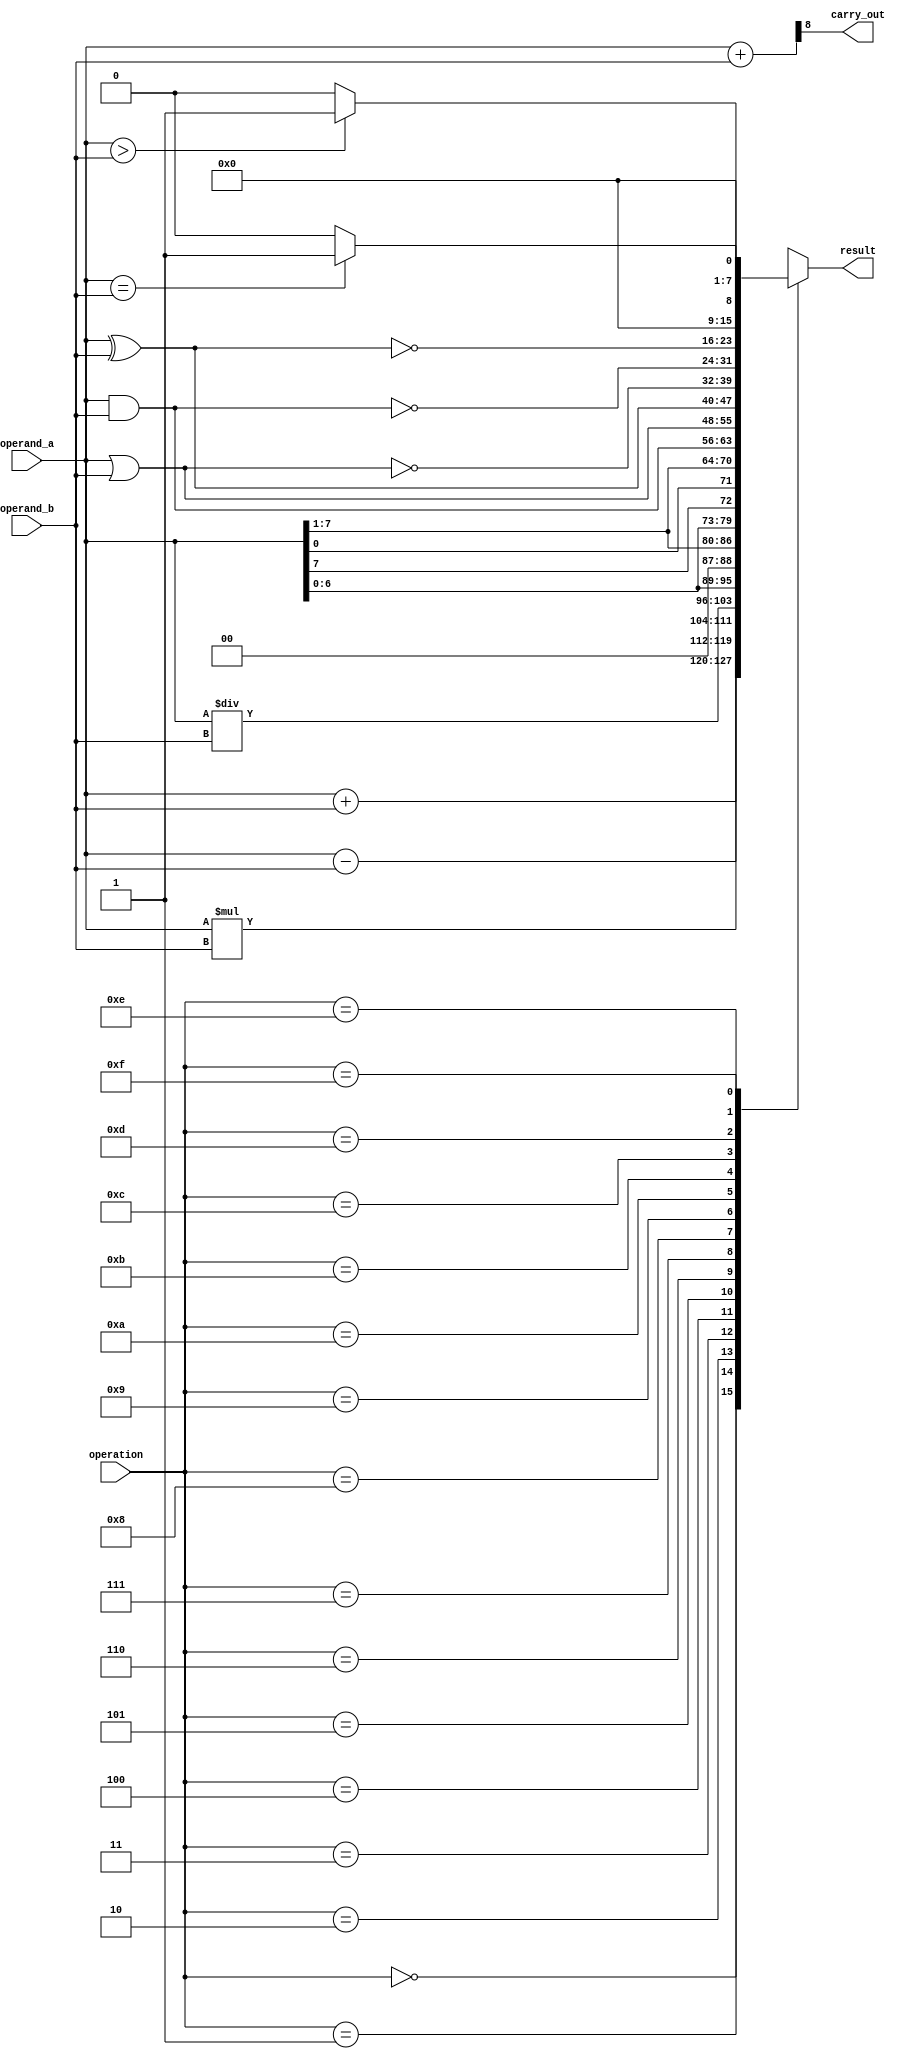

module alu_8bit(
    output [7:0] result,
    output carry_out,
    input [7:0] operand_a,
    input [7:0] operand_b,
    input [3:0] operation
);
    reg [7:0] ALU_Result;
    wire [8:0] extended_result;
    assign result = ALU_Result;    
    assign extended_result = {1'b0, operand_a} + {1'b0, operand_b};
    assign carry_out = extended_result[8];  

    always @(*)
    begin
        case (operation)
         // Arithmetic operations
         4'b0000: ALU_Result = operand_a + operand_b;                 // Addition
         4'b0001: ALU_Result = operand_a - operand_b;                 // Subtraction
         4'b0010: ALU_Result = operand_a * operand_b;                 // Multiplication
         4'b0011: ALU_Result = operand_a / operand_b;                 // Division
         // Bitwise operations
         4'b0100: ALU_Result = operand_a << 1;                        // Logical shift left
         4'b0101: ALU_Result = operand_a >> 1;                        // Logical shift right
         4'b0110: ALU_Result = {operand_a[6:0], operand_a[7]};        // Rotate left
         4'b0111: ALU_Result = {operand_a[0], operand_a[7:1]};        // Rotate right
         // Logical operations
         4'b1000: ALU_Result = operand_a & operand_b;                  // Logical AND
         4'b1001: ALU_Result = operand_a | operand_b;                  // Logical OR
         4'b1010: ALU_Result = operand_a ^ operand_b;                  // Logical XOR
         4'b1011: ALU_Result = ~(operand_a | operand_b);               // Logical NOR
         4'b1100: ALU_Result = ~(operand_a & operand_b);               // Logical NAND
         4'b1101: ALU_Result = ~(operand_a ^ operand_b);               // Logical XNOR
         // Comparison operations
         4'b1110: ALU_Result = (operand_a > operand_b) ? 8'd1 : 8'd0;    // Greater comparison
         4'b1111: ALU_Result = (operand_a == operand_b) ? 8'd1 : 8'd0;   // Equal comparison
         default: ALU_Result = 8'bxxxx_xxxx;                    // don't  care(default case)
        endcase
    end
endmodule